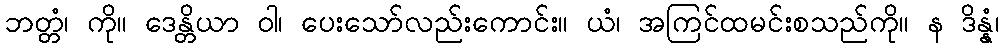
ဘတ္တံ၊ ကို။ ဒေန္တိယာ ဝါ၊ ပေးသော်လည်းကောင်း။ ယံ၊ အကြင်ထမင်းစသည်ကို။ န ဒိန္နံ၊